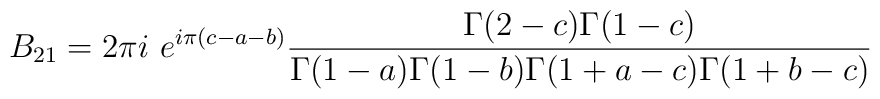
B_{21} = 2\pi i~e^{i\pi(c-a-b)}\frac{\Gamma(2-c)\Gamma(1-c)}{\Gamma(1-a)\Gamma(1-b)\Gamma(1+a-c)\Gamma(1+b-c)}